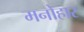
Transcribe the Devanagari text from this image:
मनोहार